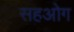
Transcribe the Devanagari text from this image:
सहओग